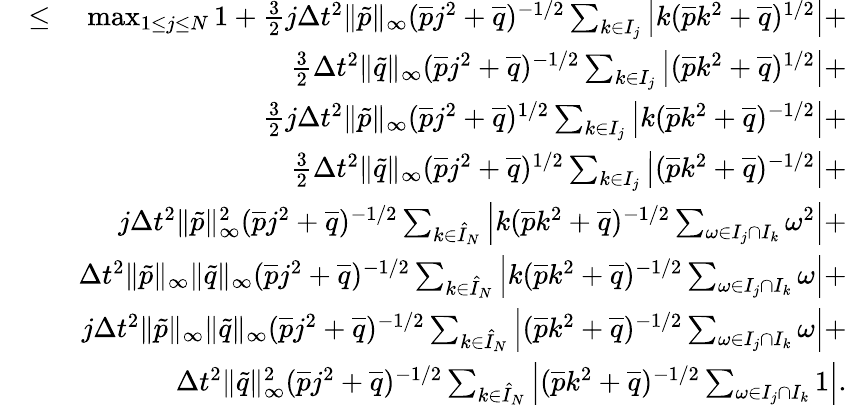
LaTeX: \begin{array}{rlr}&{\leq}&{\operatorname*{max}_{1\leq j\leq N}1+\frac{3}{2}j\Delta t^{2}\| \tilde{p}\| _{\infty}(\overline{{p}}j^{2}+\overline{{q}})^{-1/2}\sum_{k\in{I}_{j}}\left|k(\overline{{p}}k^{2}+\overline{{q}})^{1/2}\right|+}\\ &{}&{\frac{3}{2}\Delta t^{2}\| \tilde{q}\| _{\infty}(\overline{{p}}j^{2}+\overline{{q}})^{-1/2}\sum_{k\in{I}_{j}}\left|(\overline{{p}}k^{2}+\overline{{q}})^{1/2}\right|+}\\ &{}&{\frac{3}{2}j\Delta t^{2}\| \tilde{p}\| _{\infty}(\overline{{p}}j^{2}+\overline{{q}})^{1/2}\sum_{k\in{I}_{j}}\left|k(\overline{{p}}k^{2}+\overline{{q}})^{-1/2}\right|+}\\ &{}&{\frac{3}{2}\Delta t^{2}\| \tilde{q}\| _{\infty}(\overline{{p}}j^{2}+\overline{{q}})^{1/2}\sum_{k\in{I}_{j}}\left|(\overline{{p}}k^{2}+\overline{{q}})^{-1/2}\right|+}\\ &{}&{j\Delta t^{2}\| \tilde{p}\| _{\infty}^{2}(\overline{{p}}j^{2}+\overline{{q}})^{-1/2}\sum_{k\in\hat{I}_{N}}\left|k(\overline{{p}}k^{2}+\overline{{q}})^{-1/2}\sum_{\omega\in I_{j}\cap I_{k}}\omega^{2}\right|+}\\ &{}&{\Delta t^{2}\| \tilde{p}\| _{\infty}\| \tilde{q}\| _{\infty}(\overline{{p}}j^{2}+\overline{{q}})^{-1/2}\sum_{k\in\hat{I}_{N}}\left|k(\overline{{p}}k^{2}+\overline{{q}})^{-1/2}\sum_{\omega\in I_{j}\cap I_{k}}\omega\right|+}\\ &{}&{j\Delta t^{2}\| \tilde{p}\| _{\infty}\| \tilde{q}\| _{\infty}(\overline{{p}}j^{2}+\overline{{q}})^{-1/2}\sum_{k\in\hat{I}_{N}}\left|(\overline{{p}}k^{2}+\overline{{q}})^{-1/2}\sum_{\omega\in I_{j}\cap I_{k}}\omega\right|+}\\ &{}&{\Delta t^{2}\| \tilde{q}\| _{\infty}^{2}(\overline{{p}}j^{2}+\overline{{q}})^{-1/2}\sum_{k\in\hat{I}_{N}}\left|(\overline{{p}}k^{2}+\overline{{q}})^{-1/2}\sum_{\omega\in I_{j}\cap I_{k}}1\right|.}\end{array}